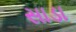
સાડા